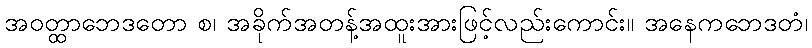
အဝတ္ထာဘေဒတော စ၊ အခိုက်အတန့်အထူးအားဖြင့်လည်းကောင်း။ အနေကဘေဒတံ၊